Eesti_Rahvusfond, lk 145
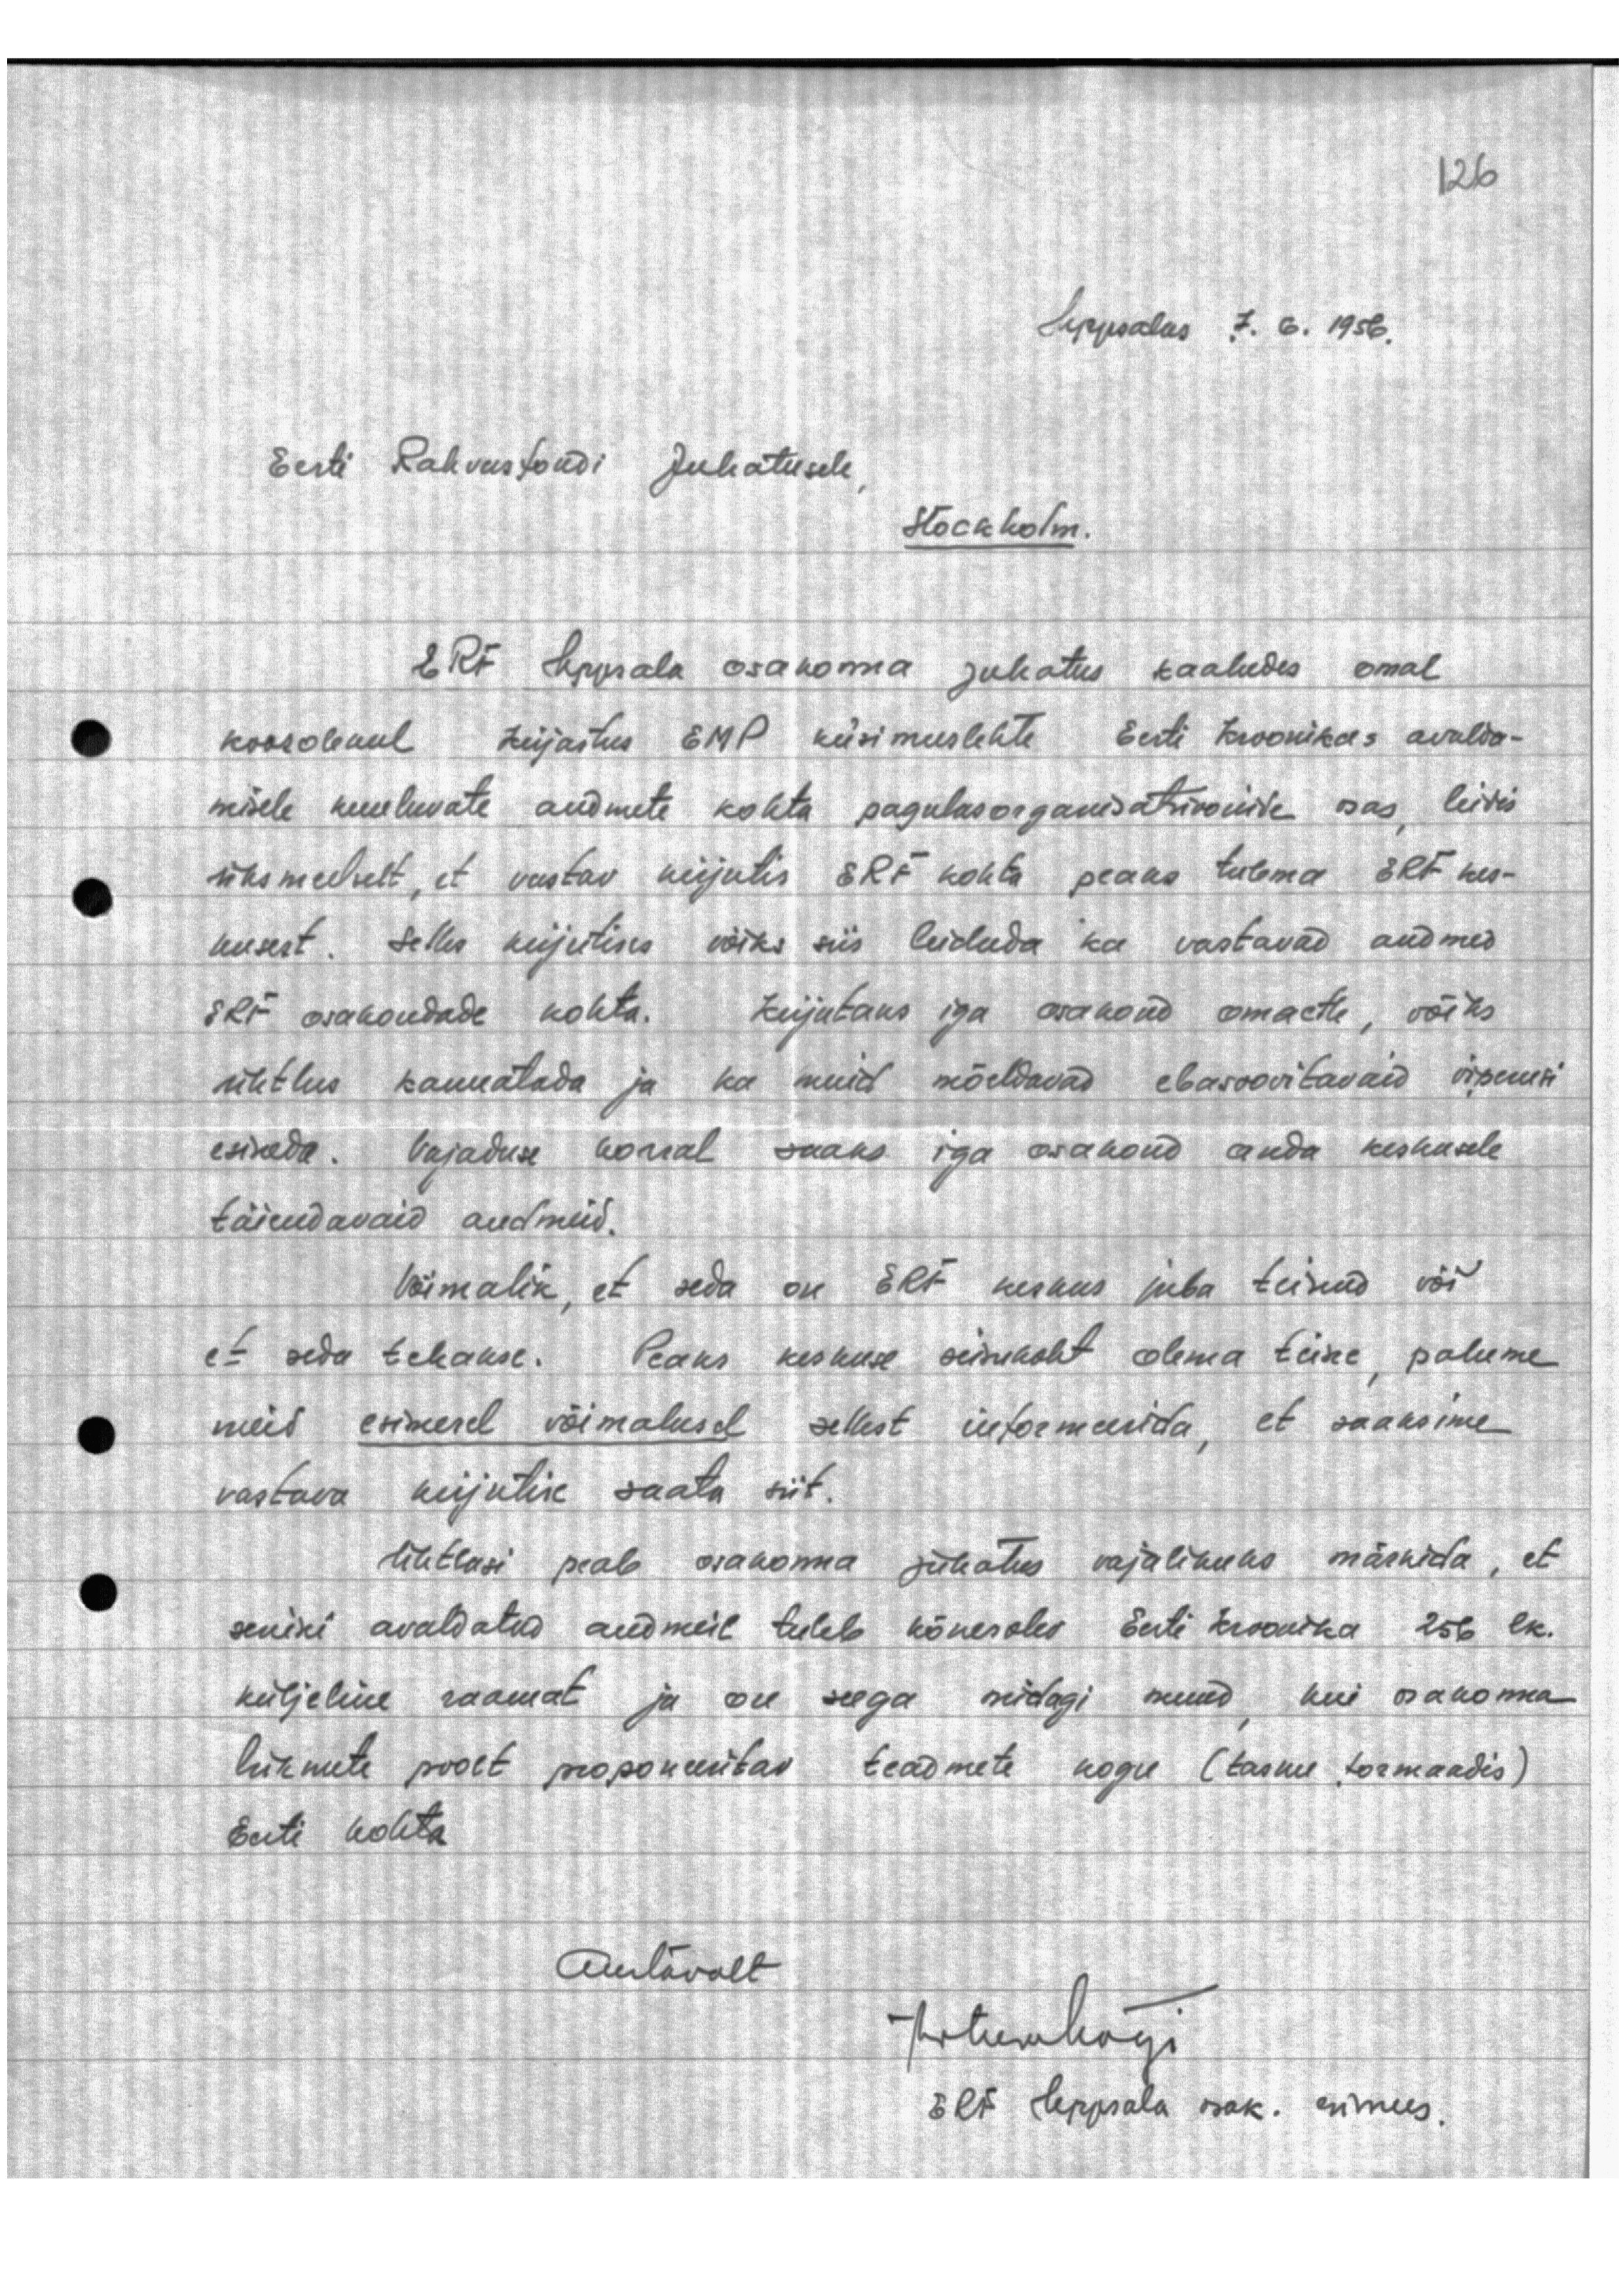
Uppsalas 7. 6.1956.

Eesti Rahvusfondi Juhatusele,
Stockholm.

ERF Uppsala osakonna juhatus kaaludes omal
koosolekul kirjastus EMP küsimuslehte Eesti kroonikas avalda-
misele kuuluvate andmete kohta pagulasorganisatsioonide osas, leidis
üksmeelselt, et vastav kirjutis ERF kohta peaks tulema ERF kes-
kusest. Selles kirjutises võiks siis leiduda ka vastavad andmed
ERF osakondade kohta. Kirjutaks iga osakond omaette, võiks
ühtlus kannatada ja ka muid mõeldavad ebasoovitavaid viperusi
esineda. Vajaduse korral saaks iga osakond anda keskusele
täiendavaid andmeid.
Võimalik, et seda on ERF keskus juba teinud või
et seda tehakse. Peaks keskuse seisukoht olema teine, palume
meid esimesel võimalusel sellest informeerida, et saaksime
vastava kirjutise saata siit.
Ühtlasi peab osakonna juhatus vajalikuks märkida, et
senini avaldatud andmeil tuleb kõnesolev Eesti kroonika 256 lk.
küljeline raamat ja on seega midagi muud, kui osakonna
liikmete poolt proponeeritav teadmete kogu (tasku formaadis).
Eesti kohta
Austavalt
ArturMägi
ERF Uppsala osak. esimees.